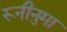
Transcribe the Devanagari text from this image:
रूनीनुमा